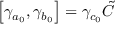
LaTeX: \left[ \gamma _ { a _ { 0 } } , \gamma _ { b _ { 0 } } \right] = \gamma _ { c _ { 0 } } \tilde { C }